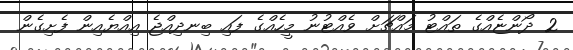
2 ދޯންޏެއްގެ ތައްޓު މައްޗަށް ވެއްޓުނު މީހެއްގެ ފައި ބިނދިއްޖެ އިއްޔެއިން ފެށިގެން